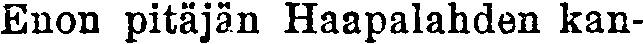
Enon pitäjän Haapalahden kan-